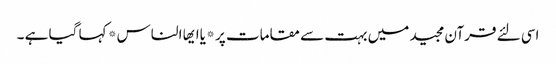
اسی لئے قرآن مجید میں بہت سے مقامات پر *یاایھا الناس* کہا گیا ہے ۔